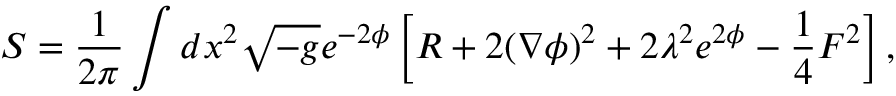
S = \frac { 1 } { 2 \pi } \int d x ^ { 2 } \sqrt { - g } e ^ { - 2 \phi } \left[ R + 2 ( \nabla \phi ) ^ { 2 } + 2 \lambda ^ { 2 } e ^ { 2 \phi } - \frac { 1 } { 4 } F ^ { 2 } \right] ,